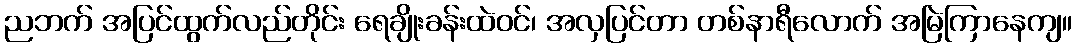
ညဘက် အပြင်ထွက်လည်တိုင်း ရေချိုးခန်းထဲဝင်၊ အလှပြင်တာ တစ်နာရီလောက် အမြဲကြာနေကျ။